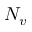
N _ { v }